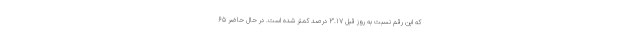
که این رقم نسبت به روز قبل ۳.۱۷ درصد کمتر شده است. در حال حاضر ۶۵